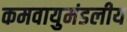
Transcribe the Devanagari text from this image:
कमवायुमंडलीय